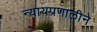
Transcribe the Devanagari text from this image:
न्यायप्रणालीने